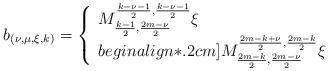
LaTeX: \begin{align*}b_{(\nu,\mu,\xi,k)}=\left\{\begin{array}{ll}M^{\frac{k-\nu-1}{2},\frac{k-\nu-1}{2}}_{\frac{k-1}{2},\frac{2m-\nu}{2}}\xi &\\begin{align*}.2cm] M^{\frac{2m-k+\nu}{2},\frac{2m-k}{2}}_{\frac{2m-k}{2},\frac{2m-\nu}{2}}\xi &\end{array}\right.\end{align*}